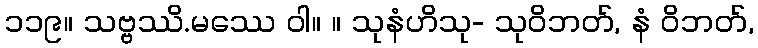
၁၁၉။ သဗ္ဗဿိ.မဿေ ဝါ။ ။ သုနံဟိသု- သုဝိဘတ်, နံ ဝိဘတ်,